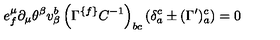
e _ { { f } } ^ { \mu } \partial _ { \mu } \theta ^ { \beta } v _ { \beta } ^ { { b } } \left( \Gamma ^ { \{ { f \} } } C ^ { - { 1 } } \right) _ { { b c } } \left( \delta _ { { a } } ^ { { c } } \pm ( \Gamma ^ { \prime } ) _ { { a } } ^ { { c } } \right) = 0